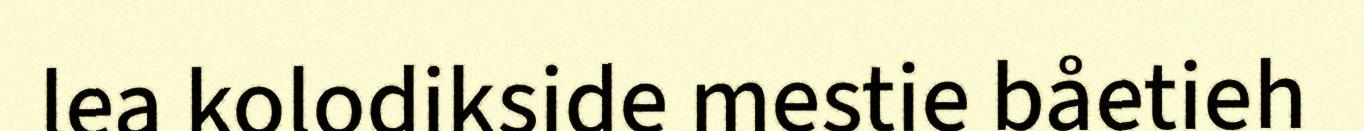
lea kolodikside mestie båetieh